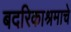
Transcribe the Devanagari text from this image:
बदरिकाश्रमाचे